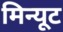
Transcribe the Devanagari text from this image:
मिन्यूट